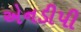
એનડીપી